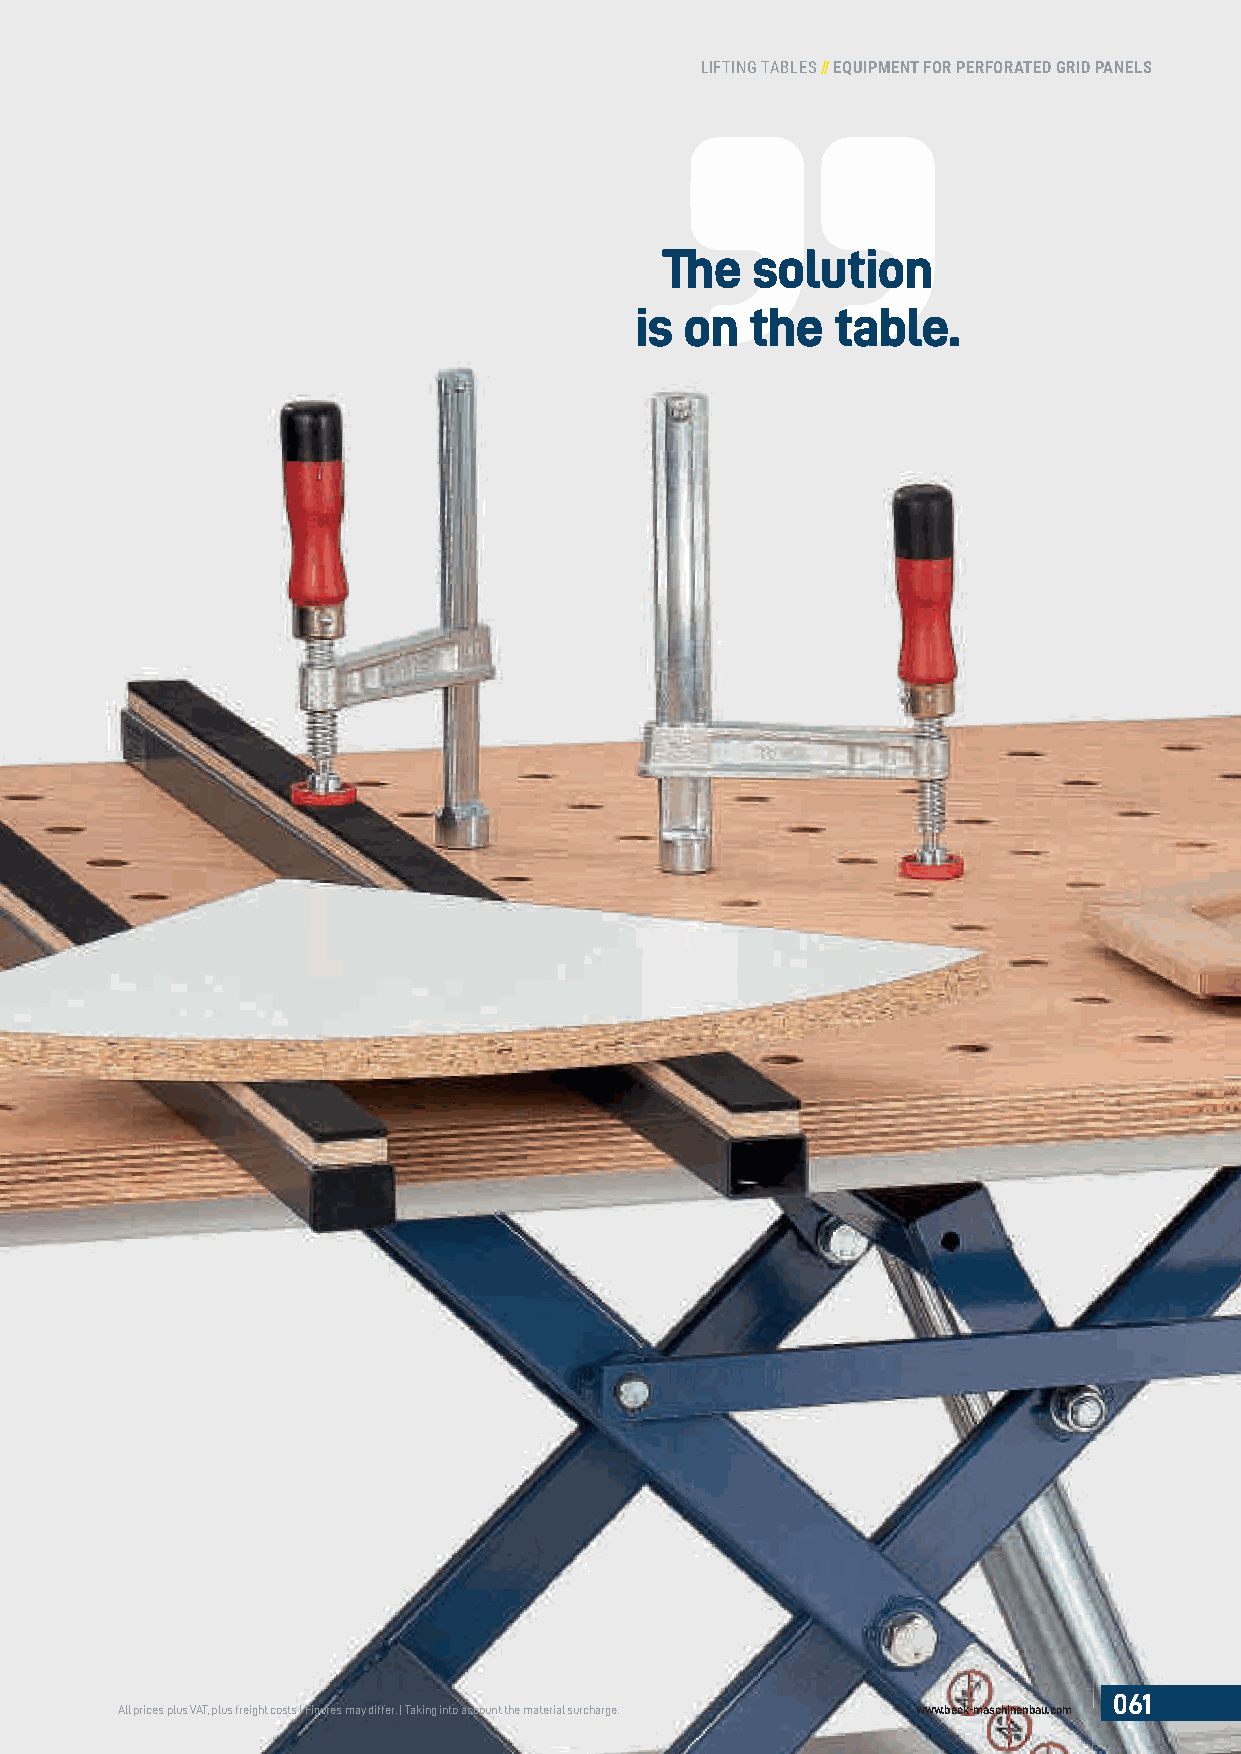
LIFTING TABLES // EQUIPMENT FOR PERFORATED GRID PANELS
 The   solution
 is on   the  table.
 061
 All prices plus VAT, plus freight costs | Figures may differ. | Taking into account the material surcharge. www.beck-maschinenbau.com